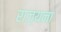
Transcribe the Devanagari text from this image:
राज्यना